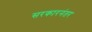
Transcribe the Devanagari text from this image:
सरकारनंतर